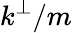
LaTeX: k^{\perp}/m